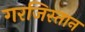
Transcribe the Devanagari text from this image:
गरजिस्तान